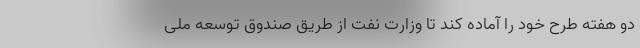
دو هفته طرح خود را آماده کند تا وزارت نفت از طریق صندوق توسعه ملی